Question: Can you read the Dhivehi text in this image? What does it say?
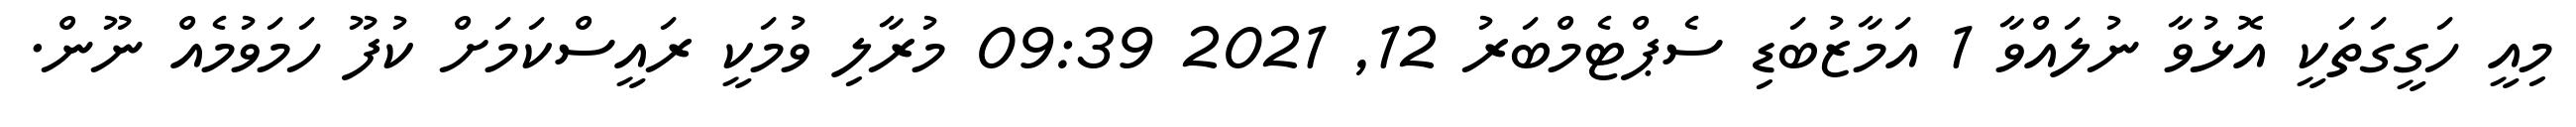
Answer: މިއީ ހަގީގަތަކީ އޮޅުވާ ނުލައްވާ 1 އަމާޒުބަޑި ސެޕްޓެމްބަރު 12, 2021 09:39 މުރާލި ވުމަކީ ރައީސްކަމަށް ކުފޫ ހަމަވުމެއް ނޫން.